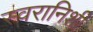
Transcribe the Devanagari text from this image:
स्वरानिशी